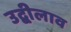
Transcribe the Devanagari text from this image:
उद्बीलाव